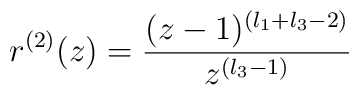
r^{(2)}(z) = \frac{(z-1)^{(l_1+l_3-2)}}{z^{(l_3-1)}}